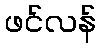
ဖင်လန်